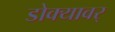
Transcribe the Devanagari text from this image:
डोक्यावर्